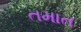
તમાત